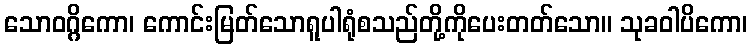
သောဝဂ္ဂိကော၊ ကောင်းမြတ်သောရူပါရုံစသည်တို့ကိုပေးတတ်သော။ သုခဝါပိကော၊